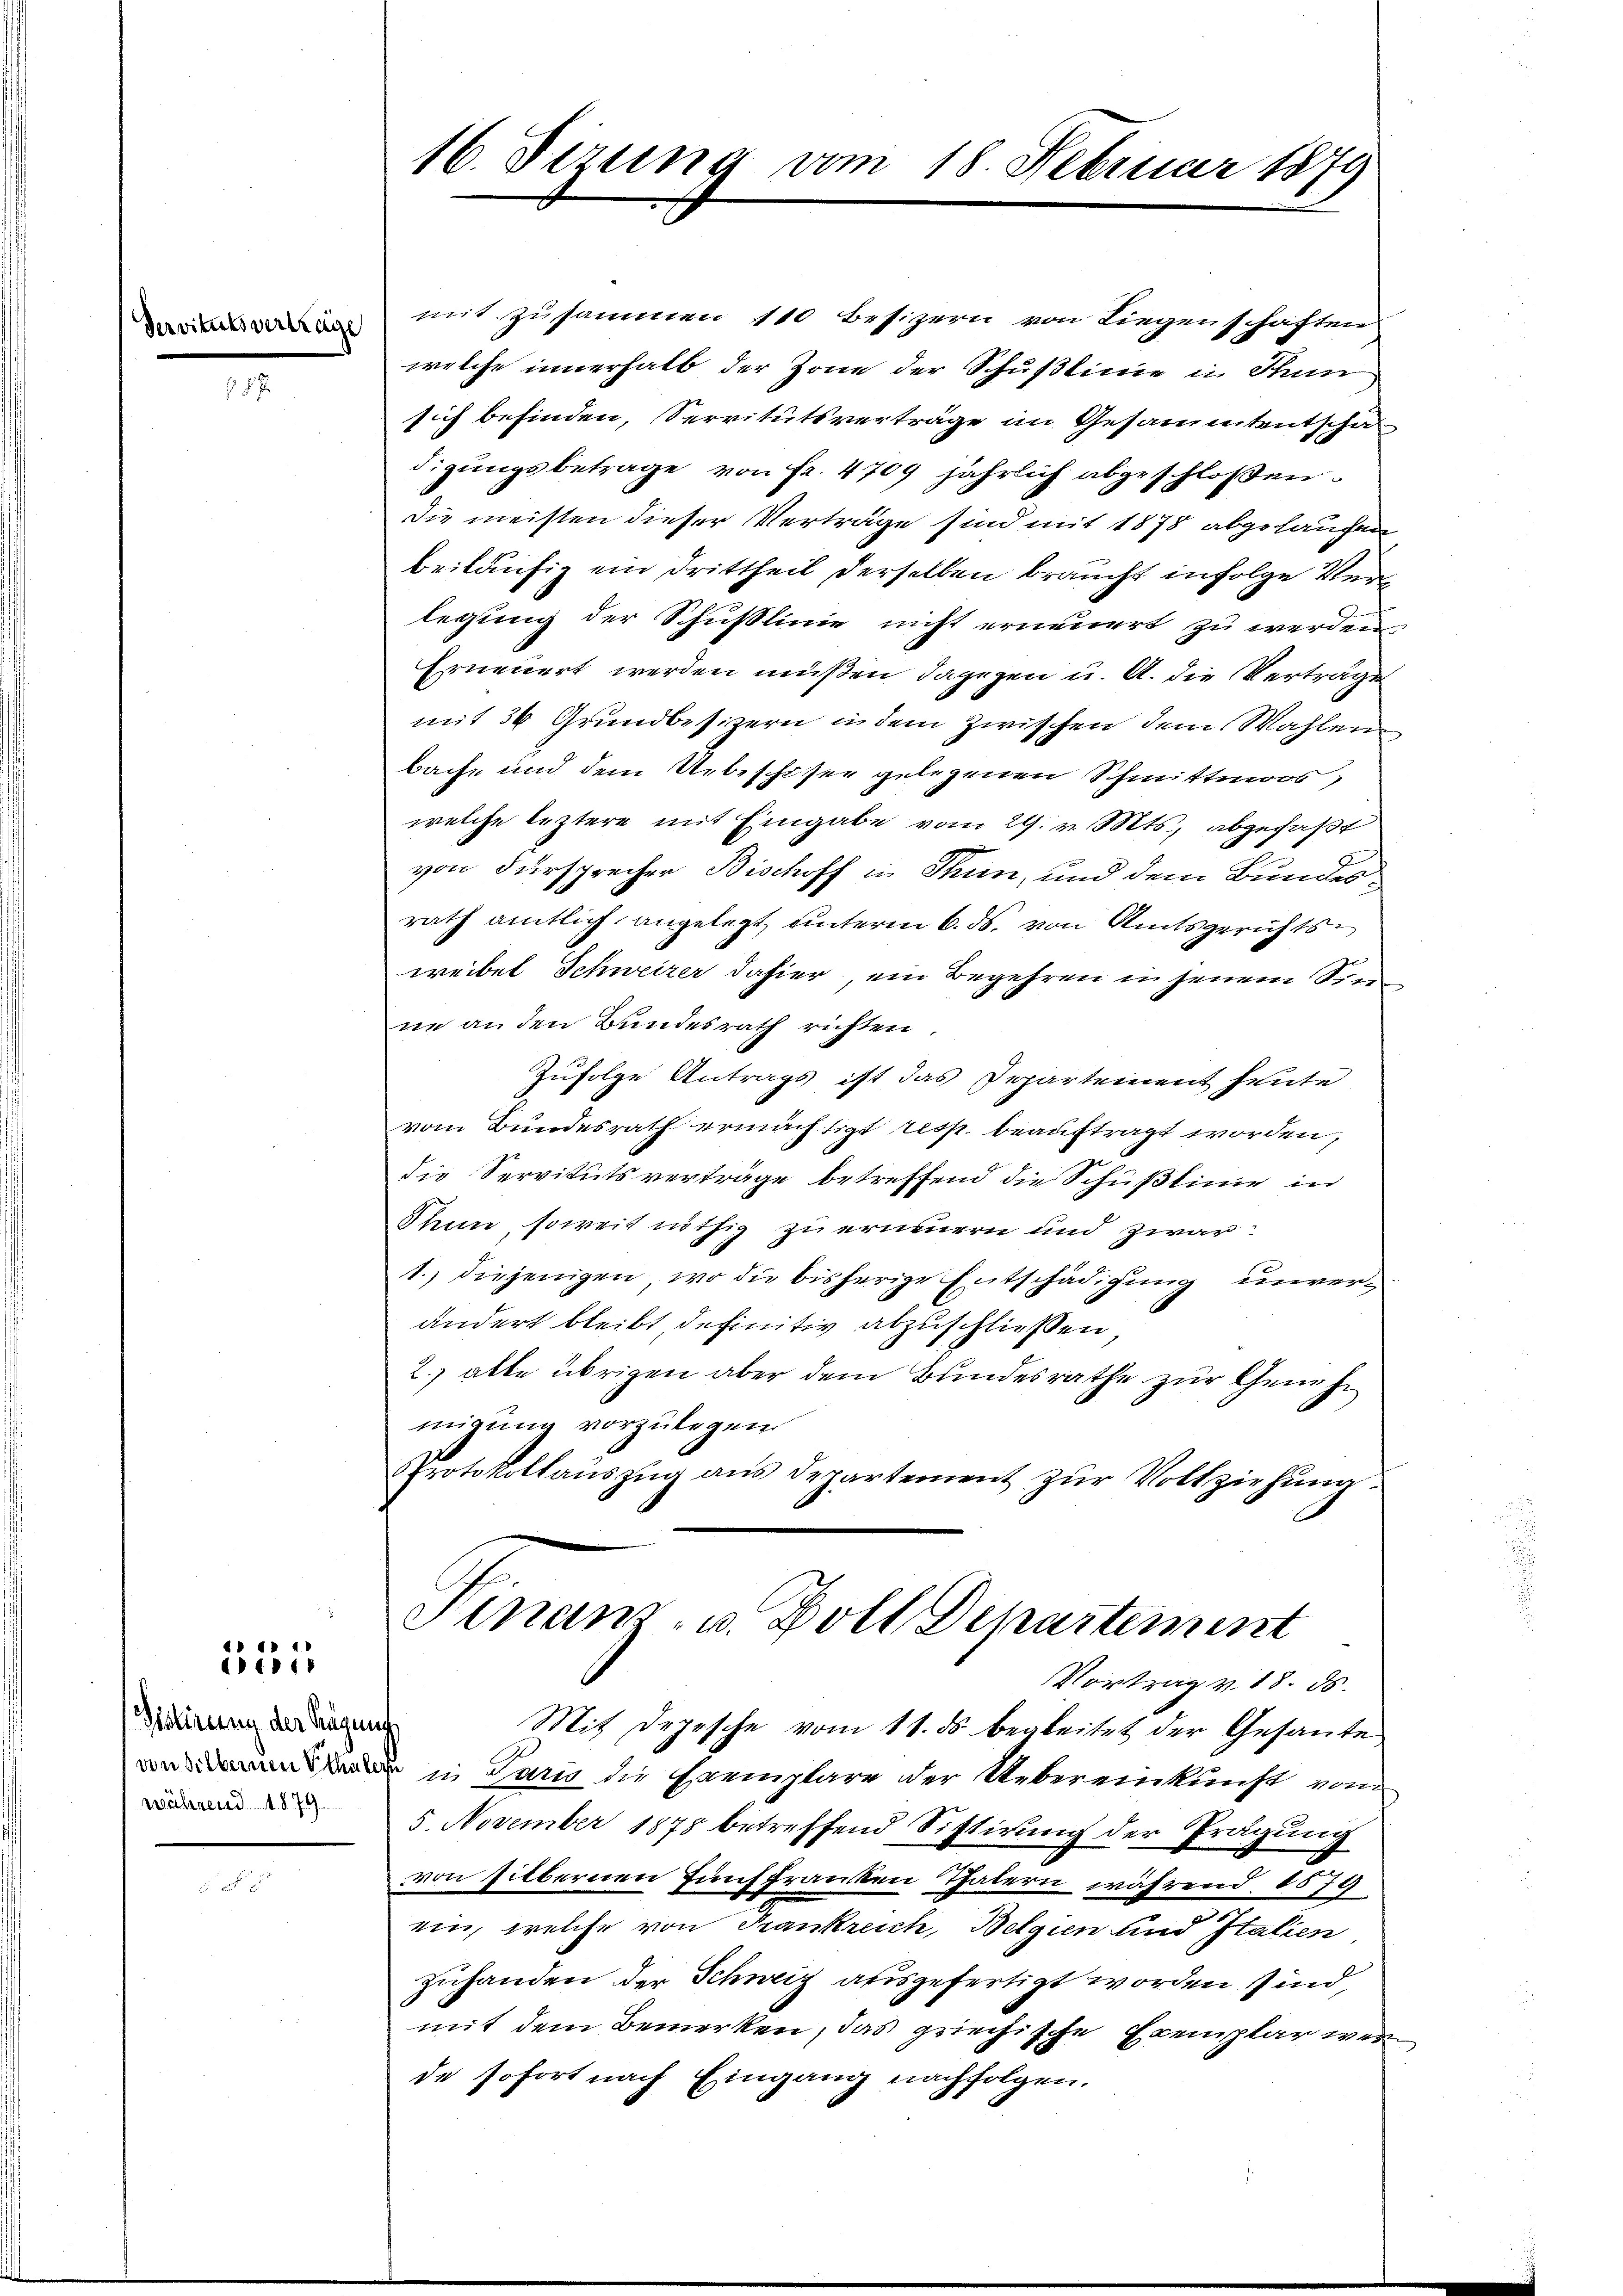
dervitutsvertrage

852.

ittirung der Sägung
während 1879

iii

16. Sizung vom 18. Februar 1879

mit zusammen 110 Besizern von Liegenschaften
welche innerhalb der Zone der Schußlinie in Stun
sich befinden, Servitutsverträge im Gesammtentscha
digungsbetrage von Fr. 4709 jährlich abgeschlossen.
Die meisten dieser Verträge sind mit 1878 abgelaufen
beiläufig ein Drittheil derselben braucht infolge Verlegung der Schußlinie nicht erneuert zu werden.
Erneuert werden müßen, dagegen u. A. die Vertrage
mit 34 Grundbesizern in dem zwischen dem Wahlen
bache und dem Uebeschiser gelegenen Schmittmoos,
welche leztere mit Eingabe vom 29. v. Mts., abgefaßt
von Fürsprecher Bischoff in Thun, und dem Bundesrath amtlich angelegt unterm 6. ds. von Amtsgerichtsweibel Schweizer dahier, ein Begehren in jenem Se
ne an den Bundesrath richten
Zufolge Antrags ist das Departement heute
vom Bundesrath ermächtigt resp. beauftragt worden,
die Servitutsverträge betreffend die Schußlinie in
Thun, soweit nöthig zu erneuern und zwar:
1. diejenigen, wo die bisherige Entschädigung unverändert bleibt definitiv abzuschließen,
2.) alle übrigen aber dem Bundesrathe zur Genehmigung vorzulegen
Protokollaŭszŭg aŭs departement zŭr Vollziehŭng.
Finanz- u. Boll Departement
Vortrag v. 18. ds.
Mit Depesche vom 11. ds begleitet der Gesante
 in Paris die Exemplare der Uebereinkunft vom
5. November 1878 betreffend Sistirung der Prägung
von silbernen Fünffranken Thätern, während 1579
ein, welche von Krankreich, Belgien und Italien
zuhanden der Schweiz ausgefertigt worden sind,
mit dem Bemerken, das griechische Exemplar wenn
de sofort nach Eingang nachfolgen.